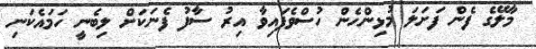
މާލޭގެ ފެން ފަށަލަ މުޅިންހެން ހުސްވެފައިވާ އިރު ސާފު ފެނަކަށް ލިބެނީ ހަމައެކަނި